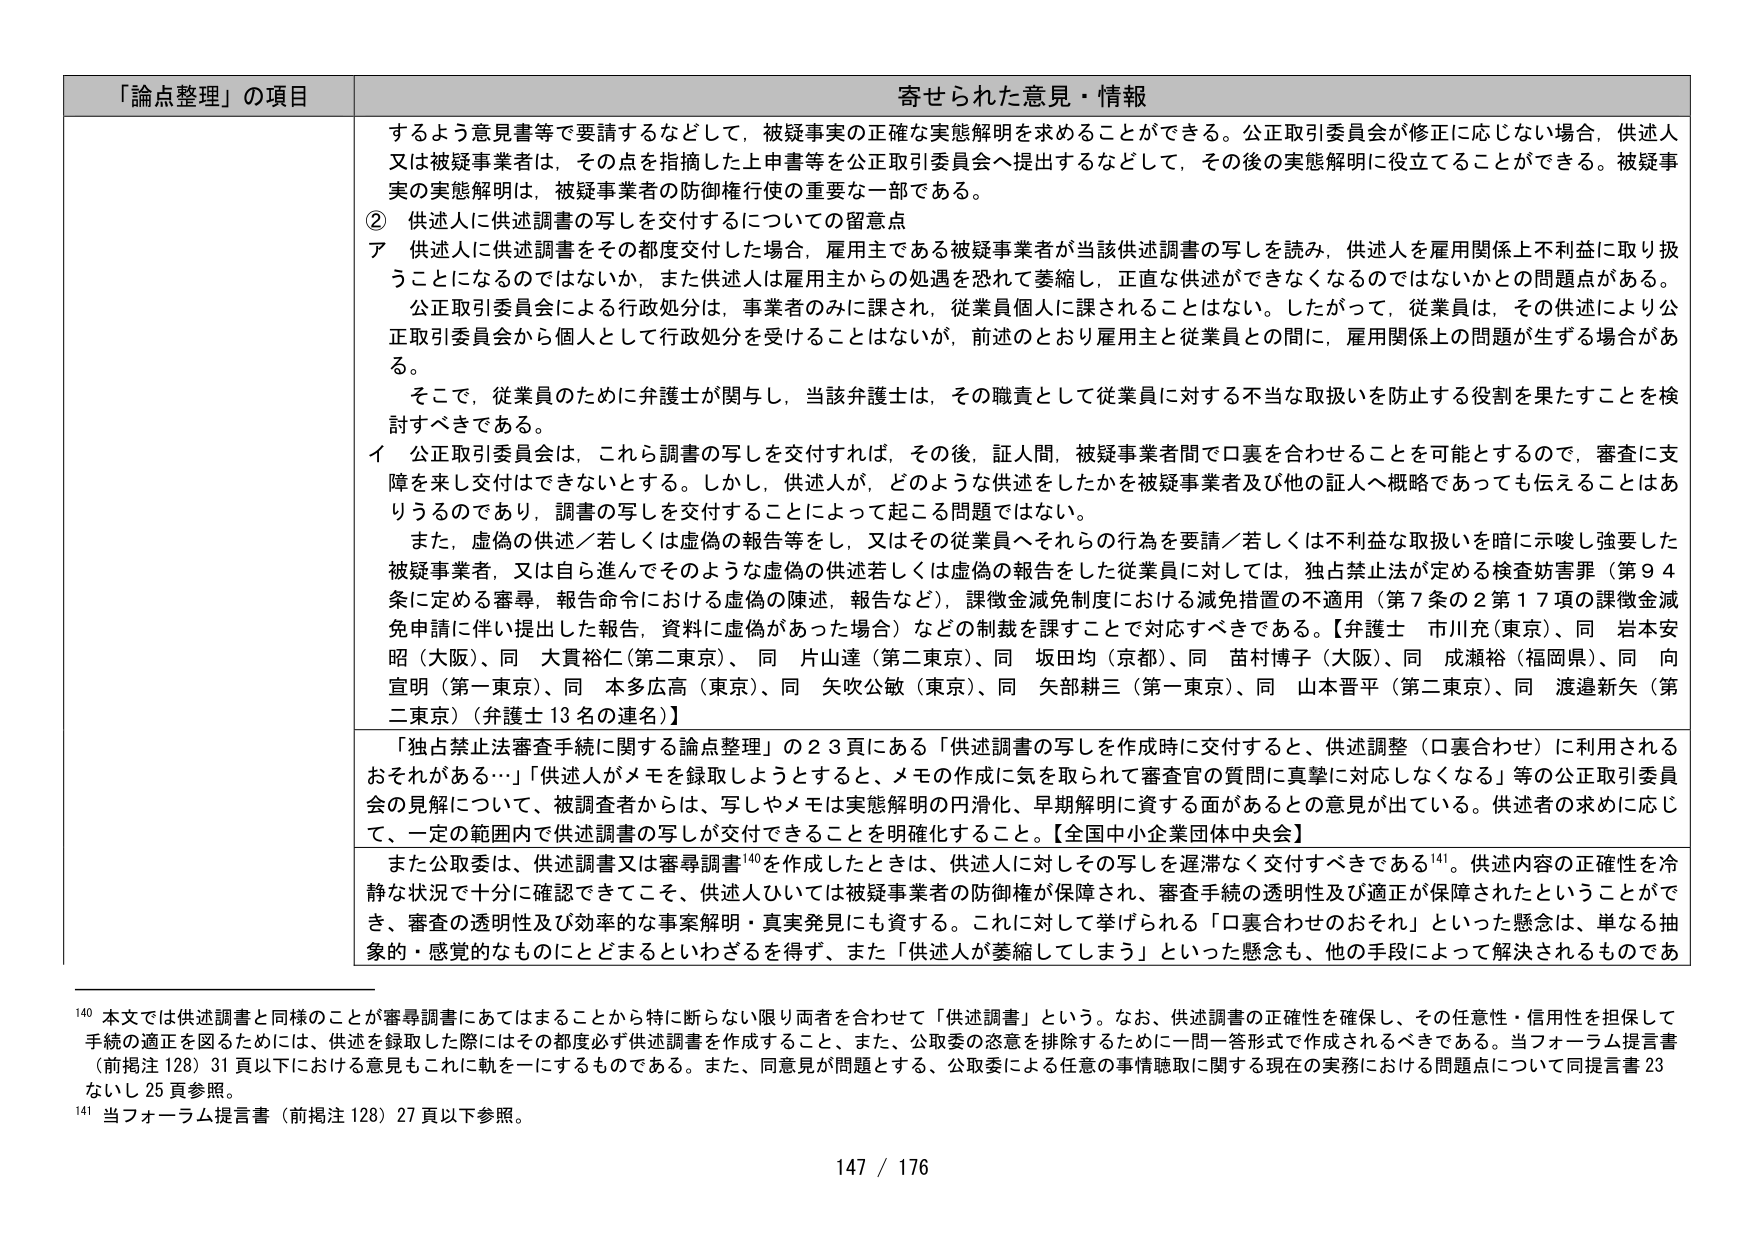
「論点整理」の項目 寄せられた意見・情報

するよう意見書等で要請するなどして，被疑事実の正確な実態解明を求めることができる。公正取引委員会が修正に応じない場合，供述人又は被疑事業者は，その点を指摘した上申書等を公正取引委員会へ提出するなどして，その後の実態解明に役立てることができる。被疑事実の実態解明は，被疑事業者の防御権行使の重要な一部である。

② 供述人に供述調書の写しを交付するについての留意点

ア 供述人に供述調書をその都度交付した場合，雇用主である被疑事業者が当該供述調書の写しを読み，供述人を雇用関係上不利益に取り扱うことになるのではないか，また供述人は雇用主からの処遇を恐れて萎縮し，正直な供述ができなくなるのではないかとの問題点がある。公正取引委員会による行政処分は，事業者のみに課され，従業員個人に課されることはない。したがって，従業員は，その供述により公正取引委員会から個人として行政処分を受けることはないが，前述のとおり雇用主と従業員との間に，雇用関係上の問題が生ずる場合がある。

そこで，従業員のために弁護士が関与し，当該弁護士は，その職責として従業員に対する不当な取扱いを防止する役割を果たすことを検討すべきである。

イ 公正取引委員会は，これら調書の写しを交付すれば，その後，証人間，被疑事業者間で口裏を合わせることを可能とするので，審査に支障を来し交付はできないとする。しかし，供述人が，どのような供述をしたかを被疑事業者及び他の証人へ概略であっても伝えることはありうるのであり，調書の写しを交付することによって起こる問題ではない。

また，虚偽の供述／若しくは虚偽の報告等をし，又はその従業員へそれらの行為を要請／若しくは不利益な取扱いを暗に示唆し強要した被疑事業者，又は自ら進んでそのような虚偽の供述若しくは虚偽の報告をした従業員に対しては，独占禁止法が定める検査妨害罪（第94条に定める審尋，報告命令における虚偽の陳述，報告など），課徴金減免制度における減免措置の不適用（第7条の2第17項の課徴金減免申請に伴い提出した報告，資料に虚偽があった場合）などの制裁を課すことで対応すべきである。【弁護士 市川充（東京）、同 岩本安昭（大阪）、同 大貫裕仁（第二東京）、同 片山達（第二東京）、同 坂田均（京都）、同 苗村博子（大阪）、同 成瀬裕（福岡県）、同 向宣明（第一東京）、同 本多広高（東京）、同 矢吹公敏（東京）、同 矢部耕三（第一東京）、同 山本晋平（第二東京）、同 渡邉新矢（第二東京）（弁護士13名の連名）】

「独占禁止法審査手続に関する論点整理」の23頁にある「供述調書の写しを作成時に交付すると、供述調整（口裏合わせ）に利用されるおそれがある…」「供述人がメモを録取しようとするとき、メモの作成に気を取られて審査官の質問に真摯に対応しなくなる」等の公正取引委員会の見解について、被調査者からは、写しやメモは実態解明の円滑化、早期解明に資する面があるとの意見が出ている。供述者の求めに応じて、一定の範囲内で供述調書の写しが交付できることを明確化すること。【全国中小企業団体中央会】

また公取委は、供述調書又は審尋調書¹⁴⁰を作成したときは、供述人に対しその写しを遅滞なく交付すべきである¹⁴¹。供述内容の正確性を冷静な状況で十分に確認できてこそ、供述人ひいては被疑事業者の防御権が保障され、審査手続の透明性及び適正が保障されたということができ、審査の透明性及び効率的な事案解明・真実発見にも資する。これに対して挙げられる「口裏合わせのおそれ」といった懸念は、単なる抽象的・感覚的なものにとどまるといわざるを得ず、また「供述人が萎縮してしまう」といった懸念も、他の手段によって解決されるものであ

¹⁴⁰ 本文では供述調書と同様のことが審尋調書にあてはまることから特に断らない限り両者を合わせて「供述調書」という。なお、供述調書の正確性を確保し、その任意性・信用性を担保して手続の適正を図るためには、供述を録取した際にはその都度必ず供述調書を作成すること、また、公取委の恣意を排除するために一問一答形式で作成されるべきである。当フォーラム提言書（前掲注128）31頁以下における意見もこれに軌を一にするものである。また、同意見が問題とする、公取委による任意の事情聴取に関する現在の実務における問題点について同提言書23ないし25頁参照。

¹⁴¹ 当フォーラム提言書（前掲注128）27頁以下参照。

147 / 176